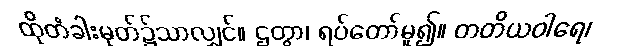
ထိုတံခါးမုတ်၌သာလျှင်။ ဌတွာ၊ ရပ်တော်မူ၍။ တတိယဝါရေ၊